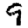
Digit: 9